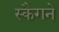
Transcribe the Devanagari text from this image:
स्कैगने